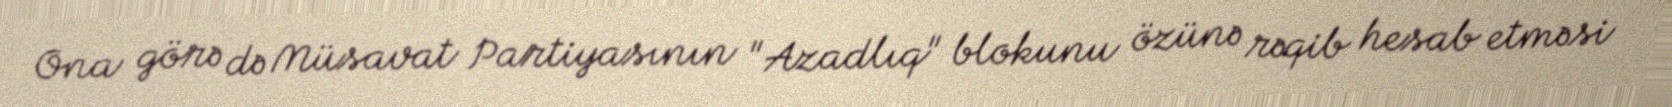
Ona görə də Müsavat Partiyasının "Azadlıq" blokunu özünə rəqib hesab etməsi